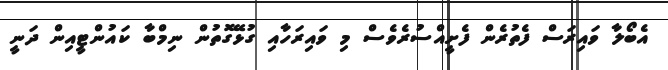
އެބޯލާ ވައިރަސް ފެތުރެން ފެށީއްސުރެވެސް މި ވައިރަހާއި ގުޅޭގޮތުން ނިމްބާ ކައުންޓީއިން ދަނީ